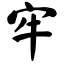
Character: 牢